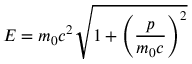
E = m _ { 0 } c ^ { 2 } { \sqrt { 1 + \left( { \frac { p } { m _ { 0 } c } } \right) ^ { 2 } } }